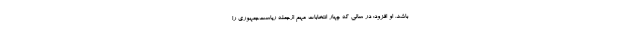
باشد. او افزود: در سالی که چهار انتخابات مهم ازجمله ریاست‌جمهوری را